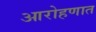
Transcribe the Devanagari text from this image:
आरोहणात